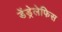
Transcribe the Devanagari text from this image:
डेंड्रेलेफिस